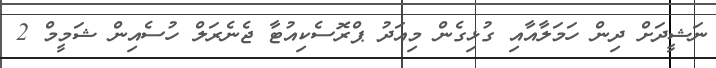
ނަޝީދަށް ދިން ހަމަލާއާއި ގުޅިގެން މިއަދު ޕްރޮސެކިއުޓާ ޖެނެރަލް ހުސެއިން ޝަމީމް 2